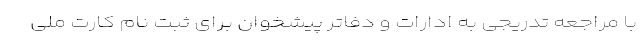
با مراجعه تدریجی به ادارات و دفاتر پیشخوان برای ثبت نام کارت ملی